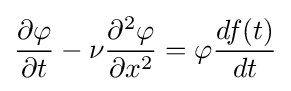
{\frac {\partial \varphi }{\partial t}}-\nu {\frac {\partial ^{2}\varphi }{\partial x^{2}}}=\varphi {\frac {df(t)}{dt}}